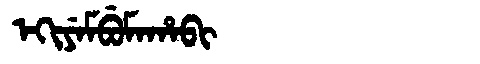
Manchu: ᡝᡴᡳᠶᡝᠮᠪᡠᠮᠠᡥᠠᠪᡳ
Romanization: EKIYEMBUMAHABI